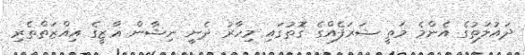
ދައުލަތުގެ އެންމެ މަތީ ޝަރަފެއްގެ ގޮތުގައި މިހާރު ދެނީ ނިޝާން ޣާޒީގެ އިއްޒަތްތެރި